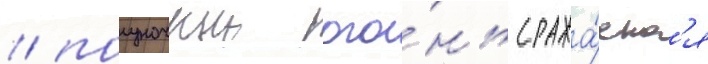
/ полуночныи ого́нь сража́етс'я